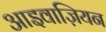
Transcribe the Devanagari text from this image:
आइवाज़ियन